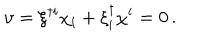
LaTeX: \upsilon = \xi ^ { \dagger i } \chi _ { i } + \xi _ { i } ^ { \dagger } \chi ^ { i } = 0 \, .